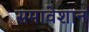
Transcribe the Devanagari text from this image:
समावेशान